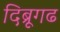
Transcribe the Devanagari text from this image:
दिब्रूगढ